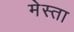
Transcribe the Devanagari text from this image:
मेस्ता